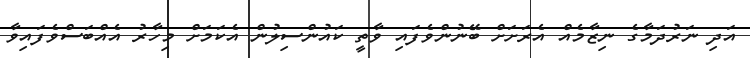
އަދި ނަރުދަމާގެ ނިޒާމެއް އެރަށަށް ބޭނުންވެފައި ވާތީ ކައުންސިލުން އެކަމަށް މިހާރު އެއްބަސްވެފައިވާ